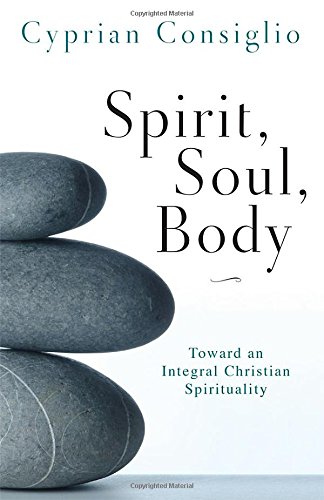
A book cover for Spirit, Soul, Body: Toward an Integral Christian Spirituality; Cyprian Consiglio OSB Cam; Christian Books & Bibles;